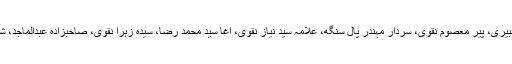
ڈاکٹر راغب حسین نعیمی، صاحبزادہ حامد رضا، اعجاز چودھری، مفتی عاشق حسین، مولانا غلام حر شبیری، پیر معصوم نقوی، سردار مہندر پال سنگھ، علامہ سید نیاز نقوی، آغا سید محمد رضا، سیدہ زہرا نقوی، صاحبزادہ عبدالماجد، شفیق بٹ اور پیر اعجاز ہاشمی سمیت دیگر رہنماوں نے بھی شیعہ سنی وحدت کی ضرورت پر زور دیا۔